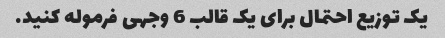
یک توزیع احتمال برای یک قالب 6 وجهی فرموله کنید.